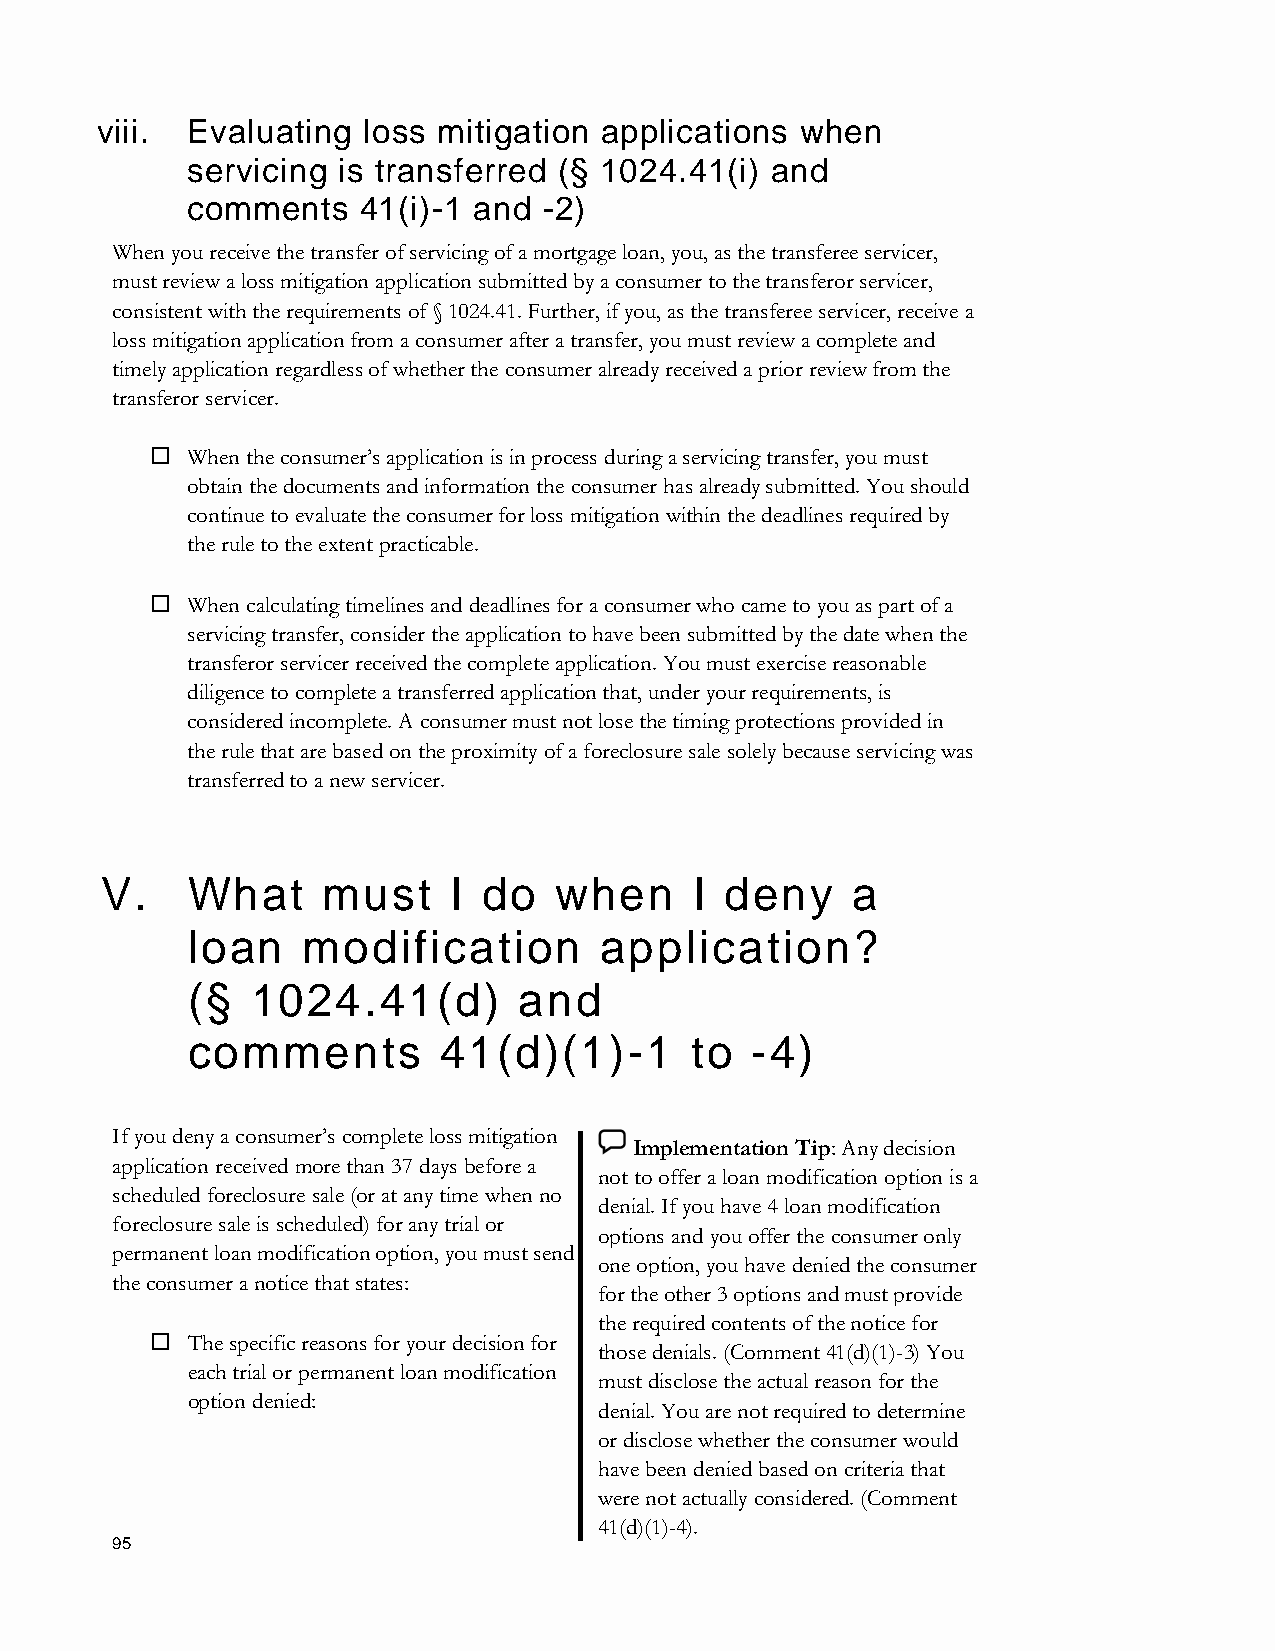
viii. Evaluating  loss mitigation applications when
 servicing is transferred (§ 1024.41(i) and
 comments    41(i)-1 and -2)
 When you receive the transfer of servicing of a mortgage loan, you, as the transferee servicer,
 must review a loss mitigation application submitted by a consumer to the transferor servicer,
 consistent with the requirements of § 1024.41. Further, if you, as the transferee servicer, receive a
 loss mitigation application from a consumer after a transfer, you must review a complete and
 timely application regardless of whether the consumer already received a prior review from the
 transferor servicer.
  When the consumer’s application is in process during a servicing transfer, you must
 obtain the documents and information the consumer has already submitted. You should
 continue to evaluate the consumer for loss mitigation within the deadlines required by
 the rule to the extent practicable.
  When calculating timelines and deadlines for a consumer who came to you as part of a
 servicing transfer, consider the application to have been submitted by the date when the
 transferor servicer received the complete application. You must exercise reasonable
 diligence to complete a transferred application that, under your requirements, is
 considered incomplete. A consumer must not lose the timing protections provided in
 the rule that are based on the proximity of a foreclosure sale solely because servicing was
 transferred to a new servicer.
 V.   What     must     I do   when     I deny    a
 loan    modification        application?
 (§   1024.41(d)       and
 comments         41(d)(1)-1       to  -4)
 If you deny a consumer’s complete loss mitigation
 Implementation Tip: Any decision
 application received more than 37 days before a
 not to offer a loan modification option is a
 scheduled foreclosure sale (or at any time when no
 denial. If you have 4 loan modification
 foreclosure sale is scheduled) for any trial or
 options and you offer the consumer only
 permanent loan modification option, you must send
 one option, you have denied the consumer
 the consumer a notice that states:
 for the other 3 options and must provide
 the required contents of the notice for
  The specific reasons for your decision for
 those denials. (Comment 41(d)(1)-3) You
 each trial or permanent loan modification
 must disclose the actual reason for the
 option denied:
 denial. You are not required to determine
 or disclose whether the consumer would
 have been denied based on criteria that
 were not actually considered. (Comment
 41(d)(1)-4).
 95